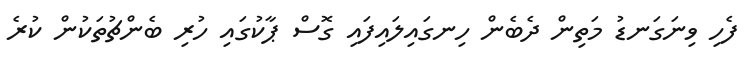
ފެހި ވިނަގަނޑު މަތިން ދެބެން ހިނގައިލައިފައި ގޮސް ޕާކުގައި ހުރި ބެންޗުތަކުން ކުރެ